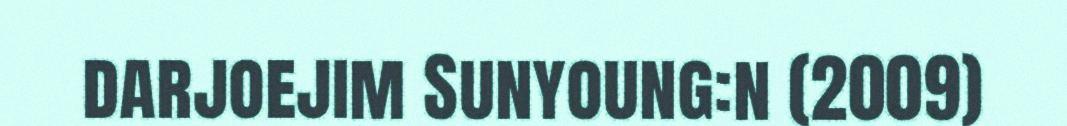
darjoejim Sunyoung:n (2009)